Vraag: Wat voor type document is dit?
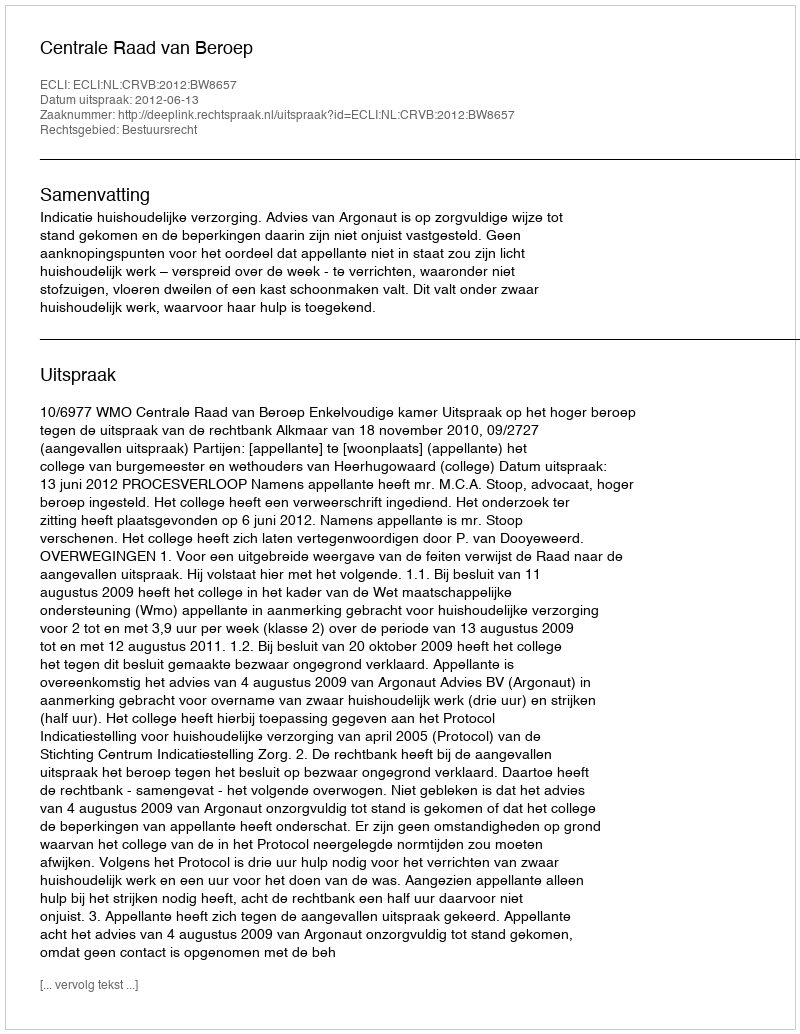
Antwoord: Uitspraak